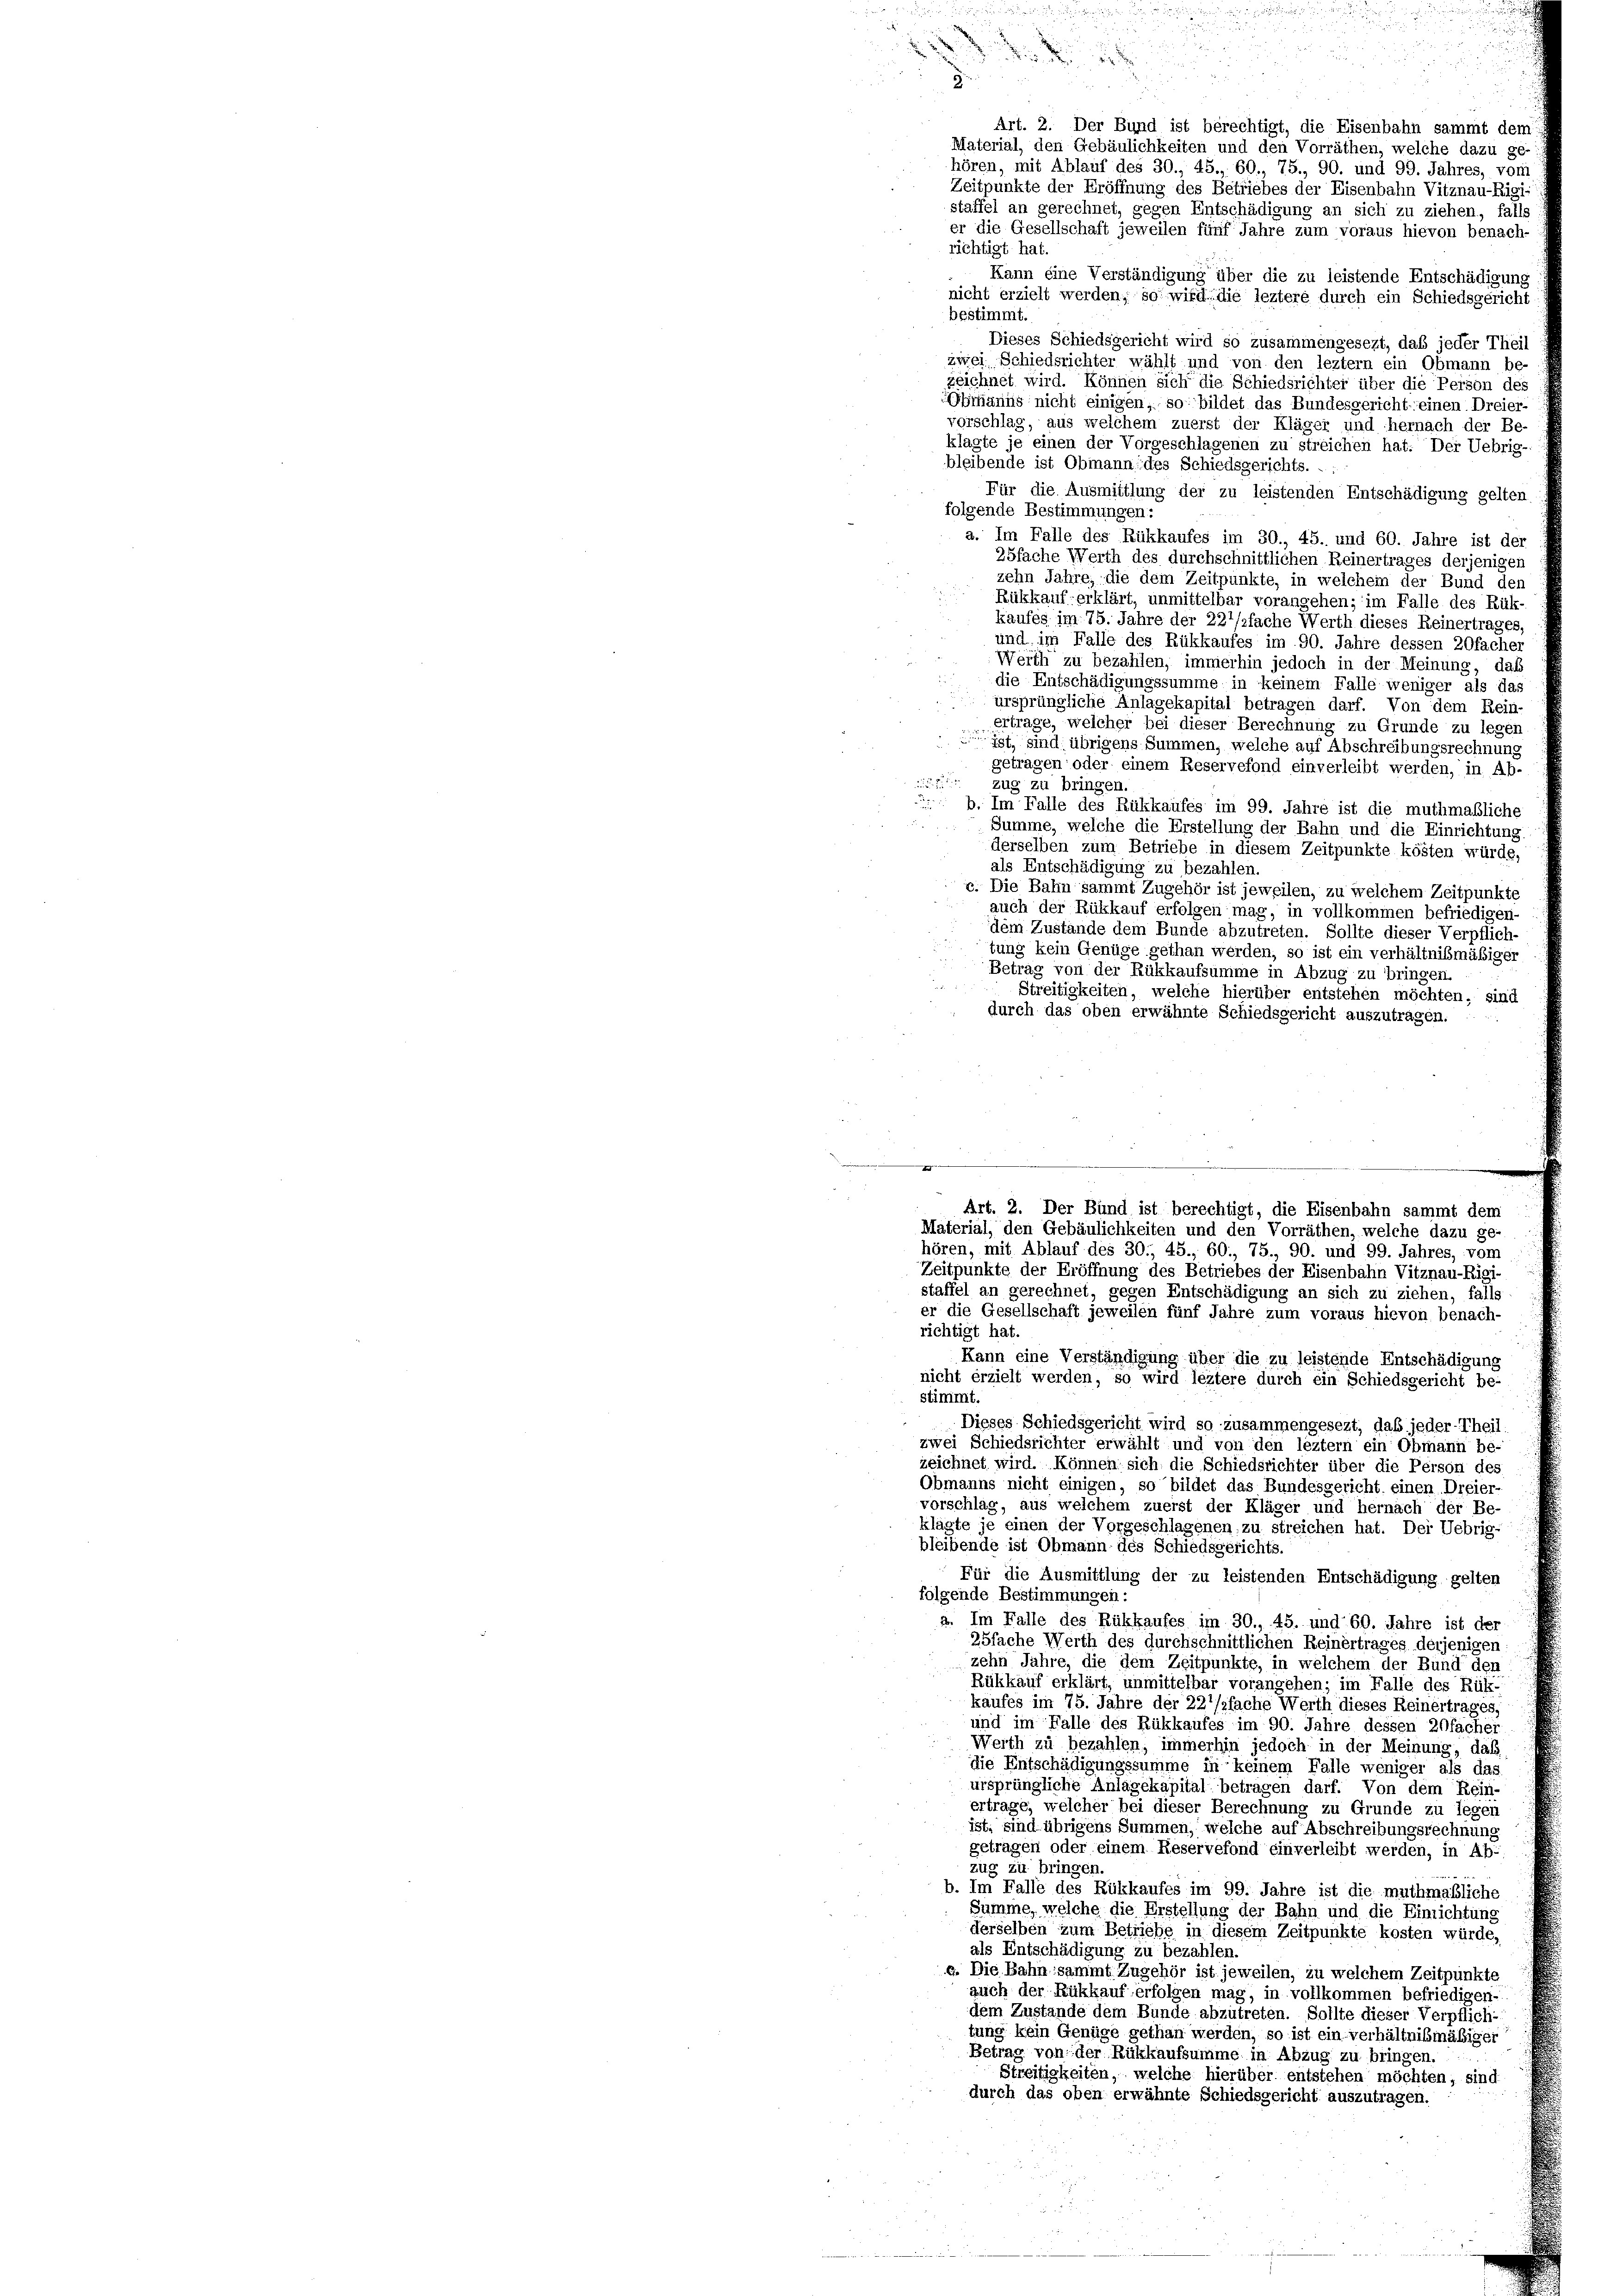
n

.
richtigt hat.

u

h

5
.
Art. 2. Der Bund ist berechtigt, die Eisenbahn sammt dem
Material, den Gebäulichkeiten und den Vorräthen, welche dazu ge-
hören, mit Ablauf des 30., 45., 60., 75., 90. und 99. Jahres, von
Zeitpunkte der Eröffnung des Betriebes der Eisenbahn Vitznau-Rigi-

er die Gesellschaft jeweilen fünf Jahre zum voraus hievon benach-
Kann eine Verständigung über die zu leistende Entschädigung
nicht erzielt werden; so wird die leztere durch ein Schiedsgericht
bestimmt.
Dieses Schiedsgericht wird so zusammengesezt, daß jeder Theil
zwei Schiedsrichter wählt und von den leztem ein Obmann be-
zeichnet wird. Können sich die Schiedsrichter über die Person des
Obmanns nicht einigen, so bildet das Bundesgericht einen Dreier-
vorschlag, aus welchem zuerst der Kläger und hernach der Be-
klagte je einen der Vorgeschlagenen zu streichen hat. Der Uebrig-
bleibende ist Obmann des Schiedsgerichts. . .
Für die Ausmittlung der zu leistenden Entschädigung gelten
folgende Bestimmungen:
a. Im Falle des Rükkaufes im 30., 45. und 60. Jahre ist der
25fache Werth des durchschnittlichen Reinertrages derjenigen
zehn Jahre, die dem Zeitpunkte, in welchem der Bund den
Rükkauf, erklärt, unmittelbar vorangehen; im Falle des Rük-
kaufes im 75. Jahre der 221/2fache Werth dieses Reinertrages,
und im Falle des Rükkaufes im 90. Jahre dessen 20facher
Werth zu bezahlen, immerhin jedoch in der Meinung, daß
die Entschädigungssumme in keinem Falle weniger als das
ursprüngliche Anlagekapital betragen darf. Von dem Rein-
ertrage, welcher bei dieser Berechnung zu Grunde zu legen
ist, sind übrigens Summen, welche auf Abschreibungsrechnung
getragen oder einem Reservefond einverleibt werden, in Ab-
zug zu bringen.
 b. Im Falle des Rükkaufes im 99. Jahre ist die muthmaßliche
Summe, welche die Erstellung der Bahn und die Einrichtung.
derselben zum Betriebe in diesem Zeitpunkte kösten würde,
als Entschädigung zu bezahlen.
c. Die Bahn sammt Zugehör ist jeweilen, zu welchem Zeitpunkte
auch der Rückkauf erfolgen mag, in vollkommen befriedigen-
dem Zustände dem Bunde abzutreten. Sollte dieser Verpflich-
tung kein Genüge gethan werden, so ist ein verhältnißmäßiger
Betrag von der Rückkaufsumme in Abzug zu bringen
Streitigkeiten, welche hierüber entstehen möchten, sind
durch das oben erwähnte Schiedsgericht auszutragen.
g
Art. 2. Der Bund ist berechtigt, die Eisenbahn sammt dem
Material, den Gebäulichkeiten und den Vorräthen, welche dazu ge-
hören, mit Ablauf des 30. 45., 60., 75., 90. und 99. Jahres, vom
Zeitpunkte der Eröffnung des Betriebes der Eisenbahn Vitznau-Rigi-
staffel an gerechnet, gegen Entschädigung an sich zu ziehen, falls
er die Gesellschaft jeweilen fünf Jahre zum voraus hievon benach-
richtigt hat.
Kann eine Verständigung über die zu leistende Entschädigung
nicht erzielt werden, so wird leztere durch ein Schiedsgericht be-
stimmt.
Dieses Schiedsgericht wird so zusammengesezt, daß jeder-Theil.
zwei Schiedsrichter erwählt und von den leztem ein Obmann be-
zeichnet wird. Können sich die Schiedsrichter über die Person des
Obmanns nicht einigen, so bildet das Bundesgericht einen Dreier-
vorschlag, aus welchem zuerst der Kläger und hernach der Be-
klagte je einen der Vorgeschlagenen zu streichen hat. Der Uebrig-
bleibende ist Obmann des Schiedsgerichts.
Für die Ausmittlung der zu leistenden Entschädigung gelten
folgende Bestimmungen:
a. Im Falle des Rükkaufes im 30., 45. und 69. Jahre ist der
25fache Werth des durchschnittlichen Reinertrages derjenigen
zehn Jahre, die dem Zeitpunkte, in welchem der Bund den
Rükkauf erklärt, unmittelbar vorangehen; im Falle des Rüt-
kaufes im 75. Jahre der 22’/sfache Werth dieses Reinertrages.
und im Falle des Rükkaufes im 90. Jahre dessen 20facher
Werth zu bezahlen, immerhin jedoch in der Meinung, daß
die Entschädigungssumme in keinem Falle weniger als das
ursprüngliche Anlagekapital betragen darf. Von dem Rein-
ertrage, welcher bei dieser Berechnung zu Grunde zu legen
ist, sind übrigens Summen, welche auf Abschreibungsrechnung
getragen oder einem Reservefond einverleibt werden, in Ab-
zug zu bringen
b. Im Falle des Rükkaufes im 99. Jahre ist die muthmaßliche
Summe, welche die Erstellung der Bahn und die Einrichtung
derselben zum Betriebe in diesem Zeitpunkte kosten würde,
als Entschädigung zu bezahlen.
a. Die Bahn sammt Zugehör ist jeweilen, zu welchem Zeitpunkte
auch der Rükkauf erfolgen mag, in vollkommen befriedigen-
dem Zustande dem Bunde abzutreten. Sollte dieser Verpflich-
tung kein Genüge gethan werden, so ist ein verhältnißmäßiger
Betrag von der Rückkaufsumme in Abzug zu bringen.
Streitigkeiten, welche hierüber entstehen möchten, sind
durch das oben erwähnte Schiedsgericht auszutragen.

staffel an gerechnet, gegen Entschädigung an sich zu ziehen, falls